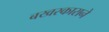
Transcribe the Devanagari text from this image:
बखरकाराने